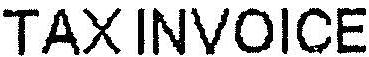
TAXINVOICE